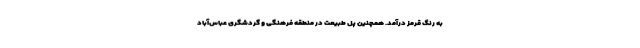
به رنگ قرمز درآمد. همچنین پل طبیعت در منطقه فرهنگی و گردشگری عباس‌آباد